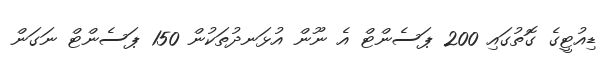
ޑިއުޓީގެ ގޮތުގައި 200 ޕަސެންޓް އެ ނޫން އުޅަނދުތަކުން 150 ޕަސެންޓް ނަގަން